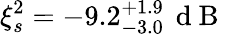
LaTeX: \xi_{s}^{2}=-9.2_{-3.0}^{+1.9}\, \mathrm{~d~B~}